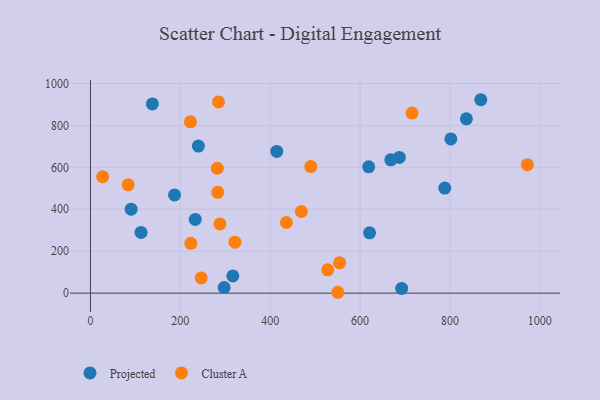
{"axis": {"x": "Engine Size", "y": "Yield"}, "legend": ["Cluster A", "Projected"], "data": [{"x": "619.2", "y": 602.3, "type": "Projected"}, {"x": "414.6", "y": 675.8, "type": "Projected"}, {"x": "187.1", "y": 468.3, "type": "Projected"}, {"x": "668.4", "y": 635.8, "type": "Projected"}, {"x": "836.6", "y": 831.3, "type": "Projected"}, {"x": "788.5", "y": 501.0, "type": "Projected"}, {"x": "692.6", "y": 22.6, "type": "Projected"}, {"x": "621.1", "y": 287.5, "type": "Projected"}, {"x": "687.3", "y": 647.2, "type": "Projected"}, {"x": "868.7", "y": 922.6, "type": "Projected"}, {"x": "297.5", "y": 26.7, "type": "Projected"}, {"x": "240.2", "y": 701.4, "type": "Projected"}, {"x": "233.2", "y": 351.6, "type": "Projected"}, {"x": "90.5", "y": 400.6, "type": "Projected"}, {"x": "112.6", "y": 289.4, "type": "Projected"}, {"x": "137.8", "y": 902.7, "type": "Projected"}, {"x": "316.9", "y": 82.1, "type": "Projected"}, {"x": "802.0", "y": 735.5, "type": "Projected"}, {"x": "528.0", "y": 111.2, "type": "Cluster A"}, {"x": "282.3", "y": 595.7, "type": "Cluster A"}, {"x": "554.5", "y": 144.4, "type": "Cluster A"}, {"x": "436.0", "y": 337.0, "type": "Cluster A"}, {"x": "715.6", "y": 859.0, "type": "Cluster A"}, {"x": "222.5", "y": 817.1, "type": "Cluster A"}, {"x": "321.6", "y": 242.9, "type": "Cluster A"}, {"x": "469.4", "y": 389.5, "type": "Cluster A"}, {"x": "84.0", "y": 516.5, "type": "Cluster A"}, {"x": "550.6", "y": 4.1, "type": "Cluster A"}, {"x": "246.5", "y": 72.7, "type": "Cluster A"}, {"x": "285.0", "y": 912.1, "type": "Cluster A"}, {"x": "223.3", "y": 237.5, "type": "Cluster A"}, {"x": "490.4", "y": 603.6, "type": "Cluster A"}, {"x": "27.1", "y": 555.1, "type": "Cluster A"}, {"x": "972.3", "y": 612.8, "type": "Cluster A"}, {"x": "288.2", "y": 330.2, "type": "Cluster A"}, {"x": "283.2", "y": 480.7, "type": "Cluster A"}]}